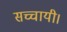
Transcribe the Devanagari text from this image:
सच्चायी।